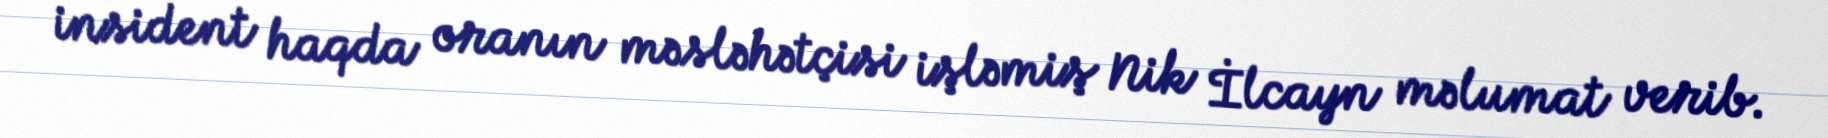
insident haqda oranın məsləhətçisi işləmiş Nik İlcayn məlumat verib.